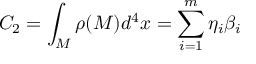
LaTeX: C _ { 2 } = \int _ { M } \rho ( M ) d ^ { 4 } x = \sum _ { i = 1 } ^ { m } \eta _ { i } \beta _ { i }